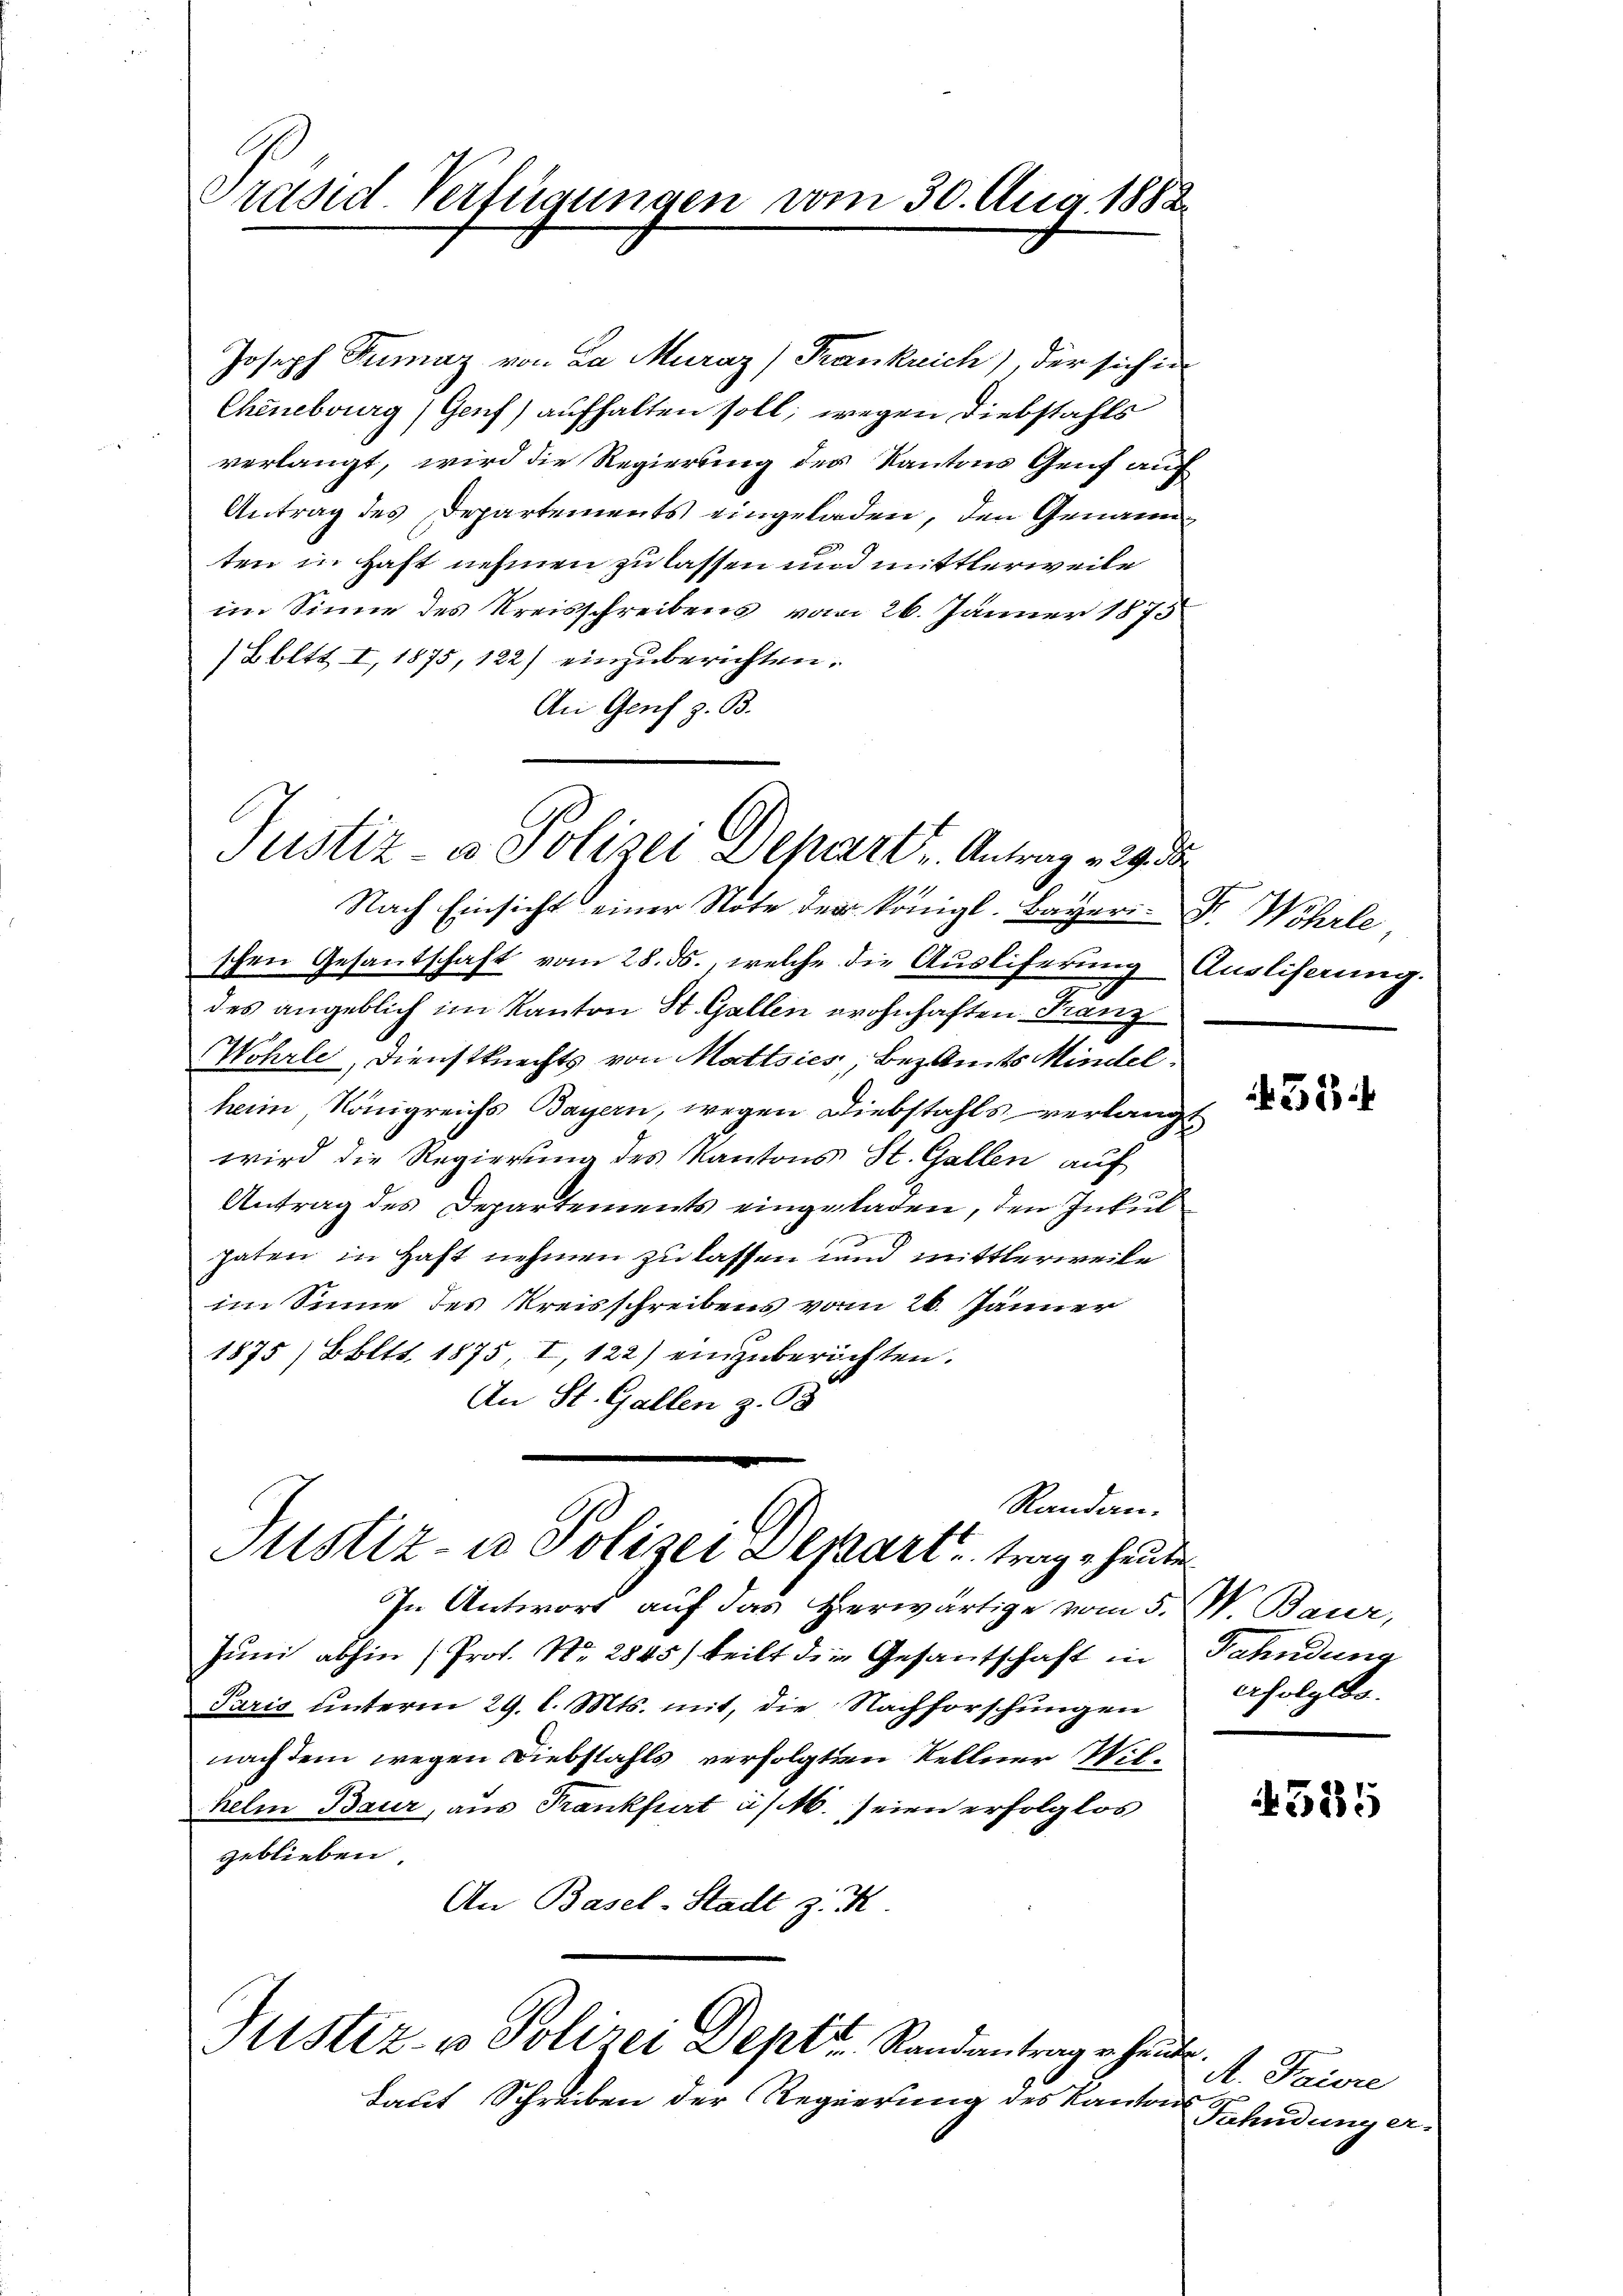
Präsid Verfügungen vom 30. Aug. 1882

Justiz- u. Polizei Depart, Antrag 229 d

Joseph Tumaz von La Muraz (Frankrich), der sich in
Cheneburg, Genf) aufhalten soll; wegen Diebstahls
verlangt, wird die Regierung des Kantons Genf auf
Antrag des Departements eingeladen, den Genannten in Haft nehmen zu lassen und mittlerweile
im Sinne des Kreisschreibens vom 26. Jänner 1875
Bbltt. I, 1875, 122) einzuberichten.
An Genf z. B.

Nach Einsicht einer Note der königl. Bayer. Dr. Wehrle
schen Gesantschaft vom 28. ds., welche die Ausliferung Ausliferung.
des angeblich im Kanton St. Gallen wohnhaften Franz
Wohrle, Dienstknechts von Mattsies, Bezamts Mindel
heim, Königreichs Bayern, wegen Diebstahls verlangt
wird die Regierung des Kantons St. Gallen auf
Antrag des Departements eingeladen, den Inkul
haten in Haft nehmen zu lassen und mittlerweile
im Sinne des Kreisschreibens vom 26. Jänner
1875 / Bbltt. 1875 I, 122) einzŭberichten.
An St. Gallen z. 98
Randan¬
Justiz- u Polizei Depart, trage heute
In Antwort auf das Herwärtige vom 5. W. Baur,
Juni abhin (Prof. No. 2845) beilt die Gesandtschaft in Fahndung
Paris unterm 29. l. Mts. mit, die Nachforschungen
nach dem wegen Diebstahls verfolgten Sellner Wilhelm Baur, aus Frankfurt a/M. seien erfolglos
geblieben.
An Basel-Stadt z. K.

Justiz- & Polizei Deptr. Randantrage heute.

Laut Schreiben der Regierung des Kanton

52

Afolglos.

4585

A. Faisre
Fahndung er-